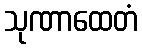
သုဏာထေတံ